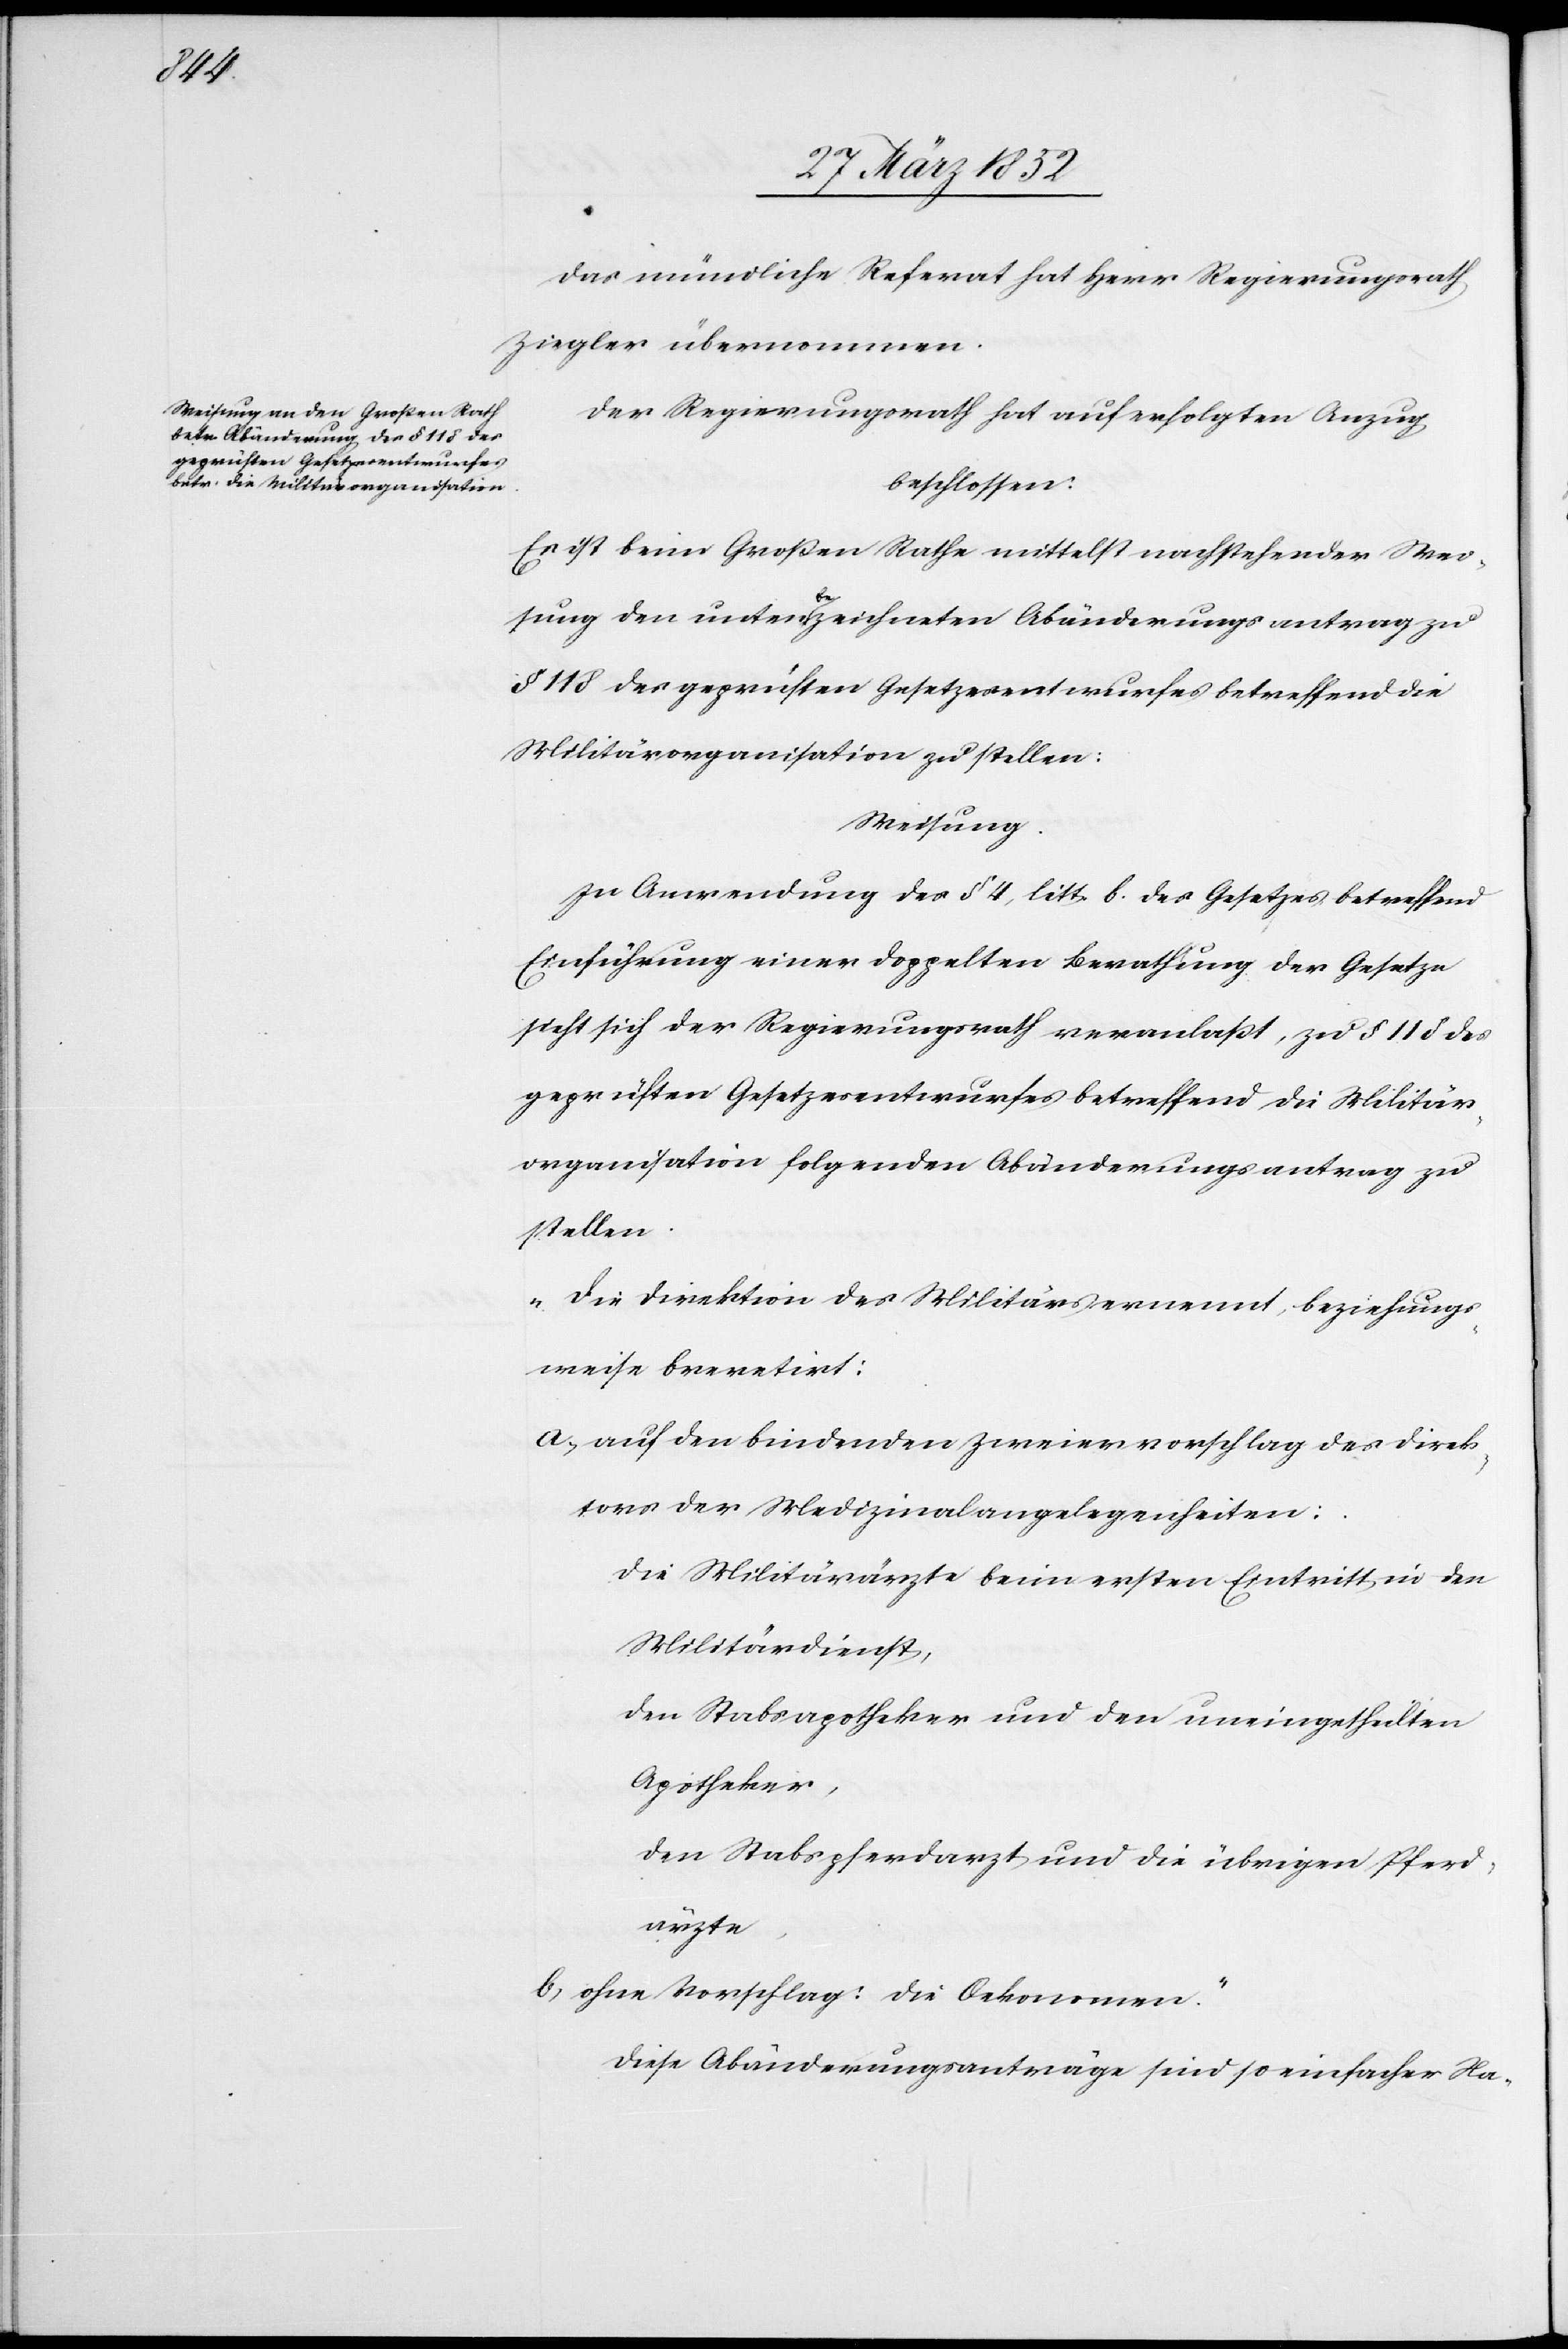
Das mündliche Referat hat Herr Regierungsrath
Ziegler übernommen.
Der Regierungsrath hat auf erfolgten Anzug
beschlossen:
Es ist beim Großen Rathe mittelst nachstehender Wei¬
sung den unten bezeichneten Abänderungsantrag zu
§ 118 des geprüften Gesetzesentwurfes betreffend die
Militärorganisation zu stellen:
Weisung.
In Anwendung des § 4, litt b. des Gesetzes betreffend
Einführung einer doppelten Berathung der Gesetze
sieht sich der Regierungsrath veranlaßt, zu § 118 des
geprüften Gesetzesentwurfes betreffend die Militär¬
organisation folgenden Abänderungsantrag zu
stellen.
„Die Direktion des Militärs ernennt, beziehungs¬
weise brevetirt:
a) auf den bindenden Zweiervorschlag des Direk¬
tor der Medizinalangelegenheiten:
Die Militärärzte beim ersten Eintritt in den
Militärdienst,
Den Stabsapotheker und den uneingetheilten
Apotheker,
Den Stabspferdarzt und die übrigen Pferd¬
ärzte.
b) ohne Vorschlag: die Oekonomen.“
Diese Abänderungsvorschläge sind so einfacher Na-